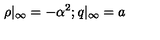
\rho | _ { \infty } = - { \alpha ^ { 2 } } ; q | _ { \infty } = a